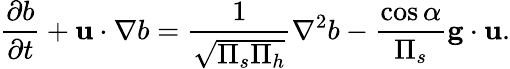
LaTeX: \frac{\partial b}{\partial t}+\mathbf{u}\cdot\nabla b=\frac{1}{\sqrt{\Pi_{s}\Pi_{h}}}\nabla^{2}b-\frac{\cos\alpha}{\Pi_{s}}\mathbf{g}\cdot\mathbf{u}.